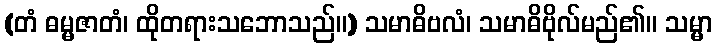
(တံ ဓမ္မဇာတံ၊ ထိုတရားသဘောသည်။) သမာဓိဗလံ၊ သမာဓိဗိုလ်မည်၏။ သမ္မာ